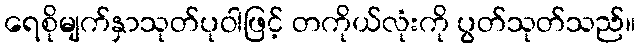
ရေစိုမျက်နှာသုတ်ပုဝါဖြင့် တကိုယ်လုံးကို ပွတ်သုတ်သည်။